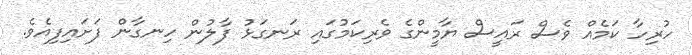
ހުރިހާ ކަމެއް ވެސް ރައީސް ޔާމީންގެ ވެރިކަމުގައި ރަނގަޅު ފާލުން ހިނގާން ފަށައިފިއެވެ.